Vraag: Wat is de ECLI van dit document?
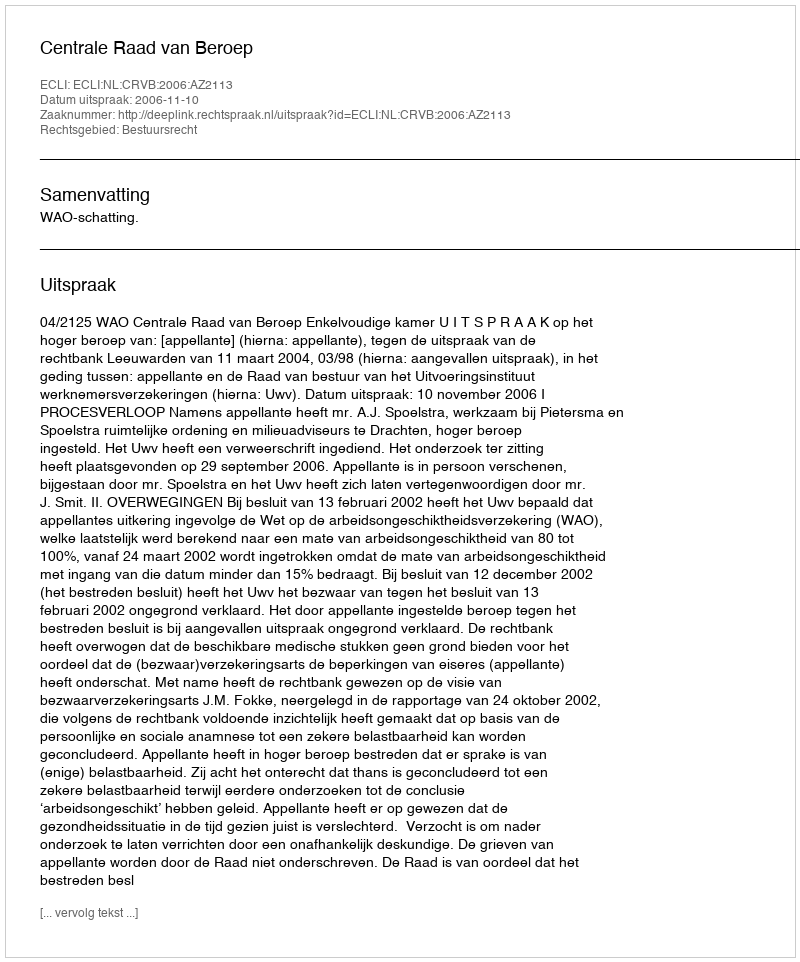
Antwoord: ECLI:NL:CRVB:2006:AZ2113